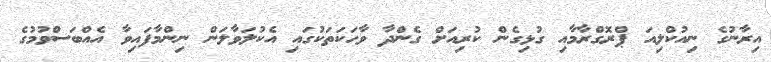
އިރާނުގެ ނިއުކްލިއަ ޕްރޮގްރާމާއި ގުޅިގެން ކުރިއަށް ގެންދާ ވާހަކަތަކުގައި އެކުލަވާލަން ނިންމާފައިވާ އެއްބަސްވުމުގެ